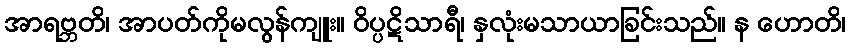
အာရဗ္ဘတိ၊ အာပတ်ကိုမလွန်ကျူး။ ဝိပ္ပဋိသာရီ၊ နှလုံးမသာယာခြင်းသည်။ န ဟောတိ၊